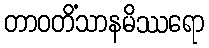
တာဝတိံသာနမိဿရော